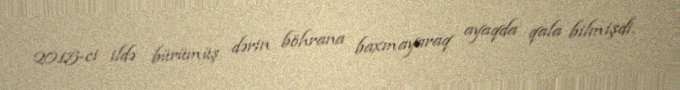
2015-ci ildə bürümüş dərin böhrana baxmayaraq ayaqda qala bilmişdi.